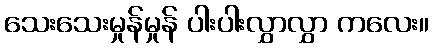
သေးသေးမှုန်မှုန် ပါးပါးလွှာလွှာ ကလေး။